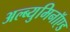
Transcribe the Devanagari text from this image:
अल्ब्युमिनॉएड